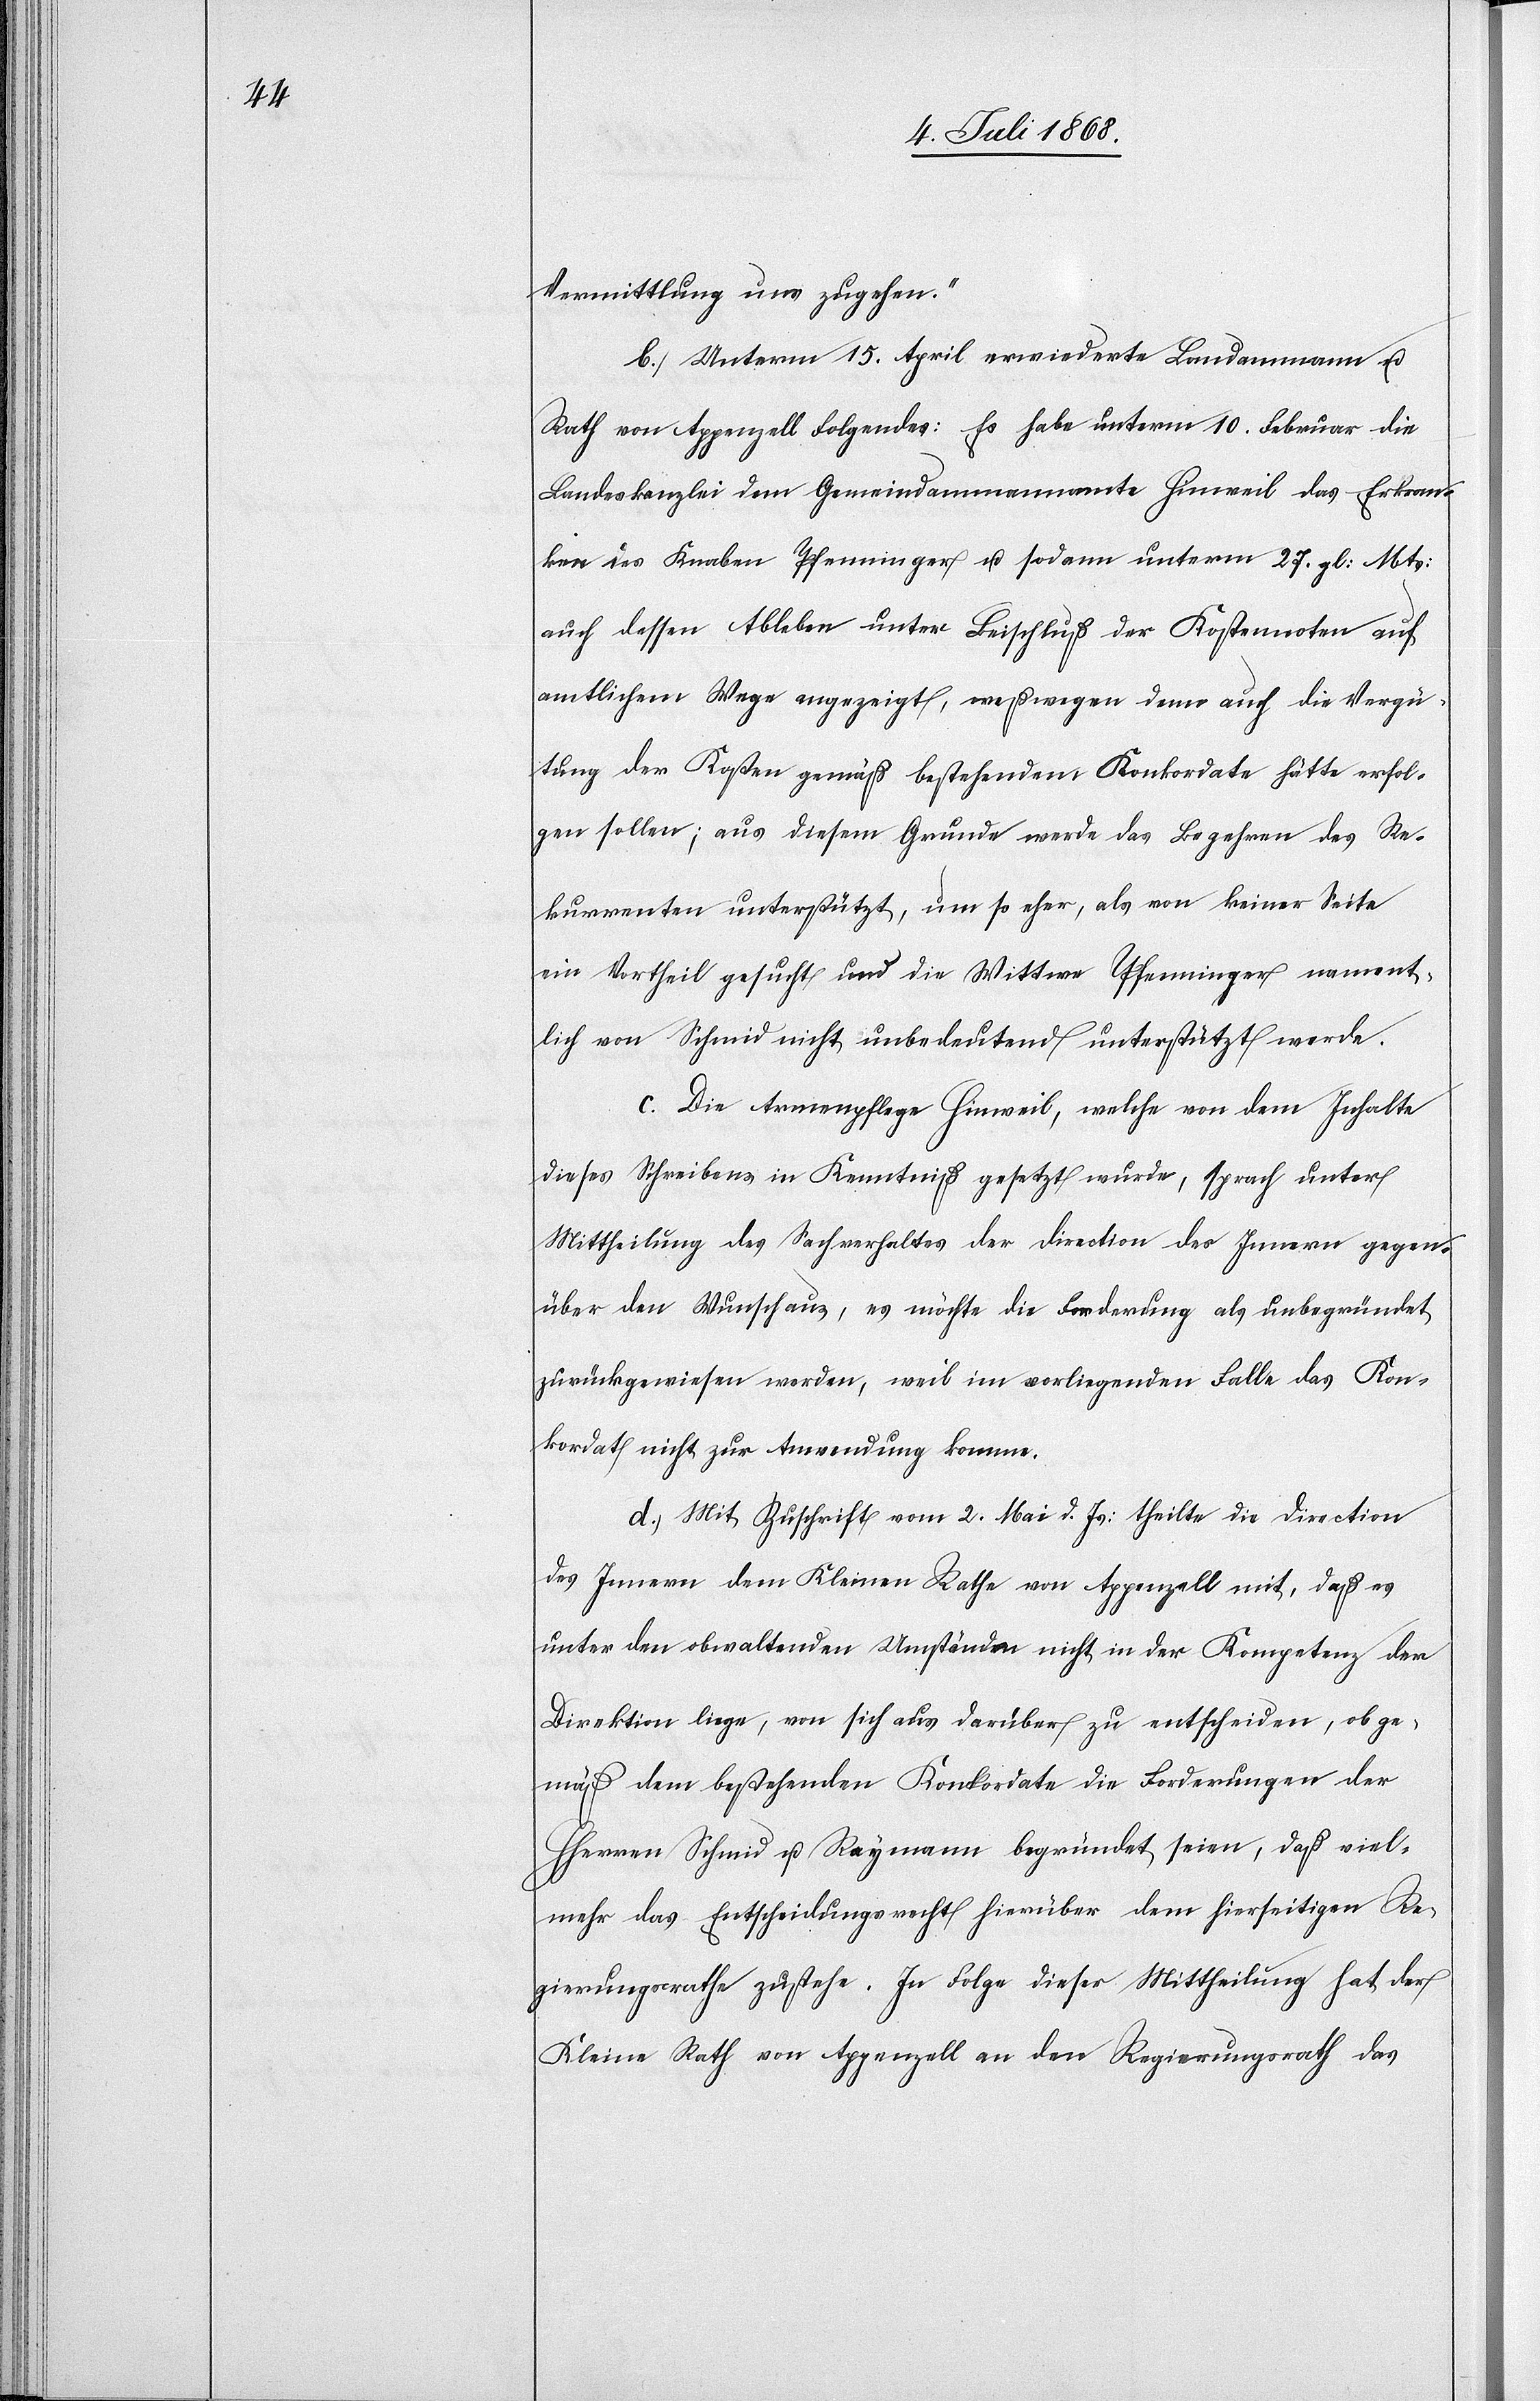
Vermittlung uns zugehen.“
b.) Unterm 15. April erwiederte Landammann u.
Rath von Appenzell Folgendes: Es habe unterm 10. Februar die
Landeskanzlei dem Gemeindammannamte Hinweil das Erkran¬
ken des Knaben Pfenninger u. sodann unterm 27. gl: Mts:
auch dessen Ableben unter Beischluß der Kostennoten auf
amtlichem Wege angezeigt, weßwegen denn auch die Vergü¬
tung der Kosten gemäß bestehendem Konkordate hätte erfol¬
gen sollen; aus diesem Grunde werde das Begehren des Re¬
kurrenten unterstützt, um so eher, als von keiner Seite
ein Vortheil gesucht und die Wittwe Pfenninger nament¬
lich von Schmid nicht unbedeutend unterstützt werde.
c.) Die Armenpflege Hinweil, welche von dem Inhalte
dieses Schreibens in Kenntniß gesetzt wurde, sprach unter
Mittheilung des Sachverhaltes der Direction des Innern gegen¬
über den Wunsch aus, es möchte die Forderung als unbegründet
zurückgewiesen werden, weil im vorliegenden Falle das Kon¬
kordat nicht zur Anwendung komme.
d.) Mit Zuschrift vom 2. Mai d. Js: theilte die Direction
des Innern dem Kleinen Rathe von Appenzell mit, daß es
unter den obwaltenden Umständen nicht in der Kompetenz der
Direktion liege, von sich aus darüber zu entscheiden, ob ge¬
mäß dem bestehenden Konkordate die Forderungen der
HHerren Schmid u. Raymann begründet seien, daß viel¬
mehr das Entscheidungsrecht hierüber dem hierseitigen Re¬
gierungsrathe zustehe. In Folge dieser Mittheilung hat der
Kleine Rath von Appenzell an den Regierungsrath das